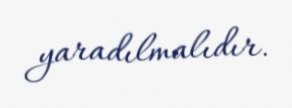
yaradılmalıdır.